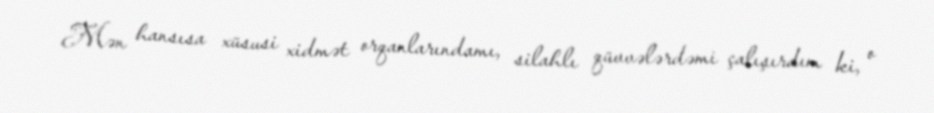
Mən hansısa xüsusi xidmət orqanlarındamı, silahlı qüvvələrdəmi çalışırdım ki, o